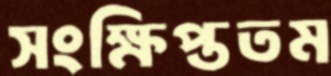
সংক্ষিপ্ততম